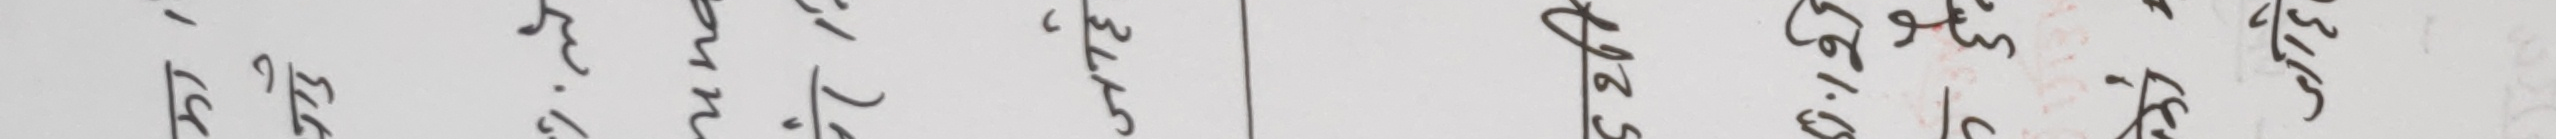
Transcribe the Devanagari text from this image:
१
६/१३
५/३३
७/३०
३०
५/५३
५/३०
५/३३
५/३३
|
३
६/३०
६/१३
५/२७
८/४०
४०
८/३२
६/२१
९/३३
९/३४